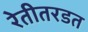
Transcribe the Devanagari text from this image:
रेतीतरडत